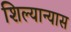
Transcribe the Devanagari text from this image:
शिल्यान्यास